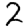
Digit: 2